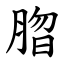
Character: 䐇